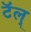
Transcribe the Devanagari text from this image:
टॅल्